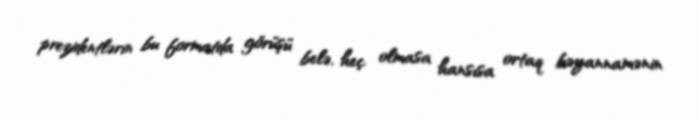
prezidentlərin bu formatda görüşü belə, heç olmasa hansısa ortaq bəyannamənin